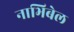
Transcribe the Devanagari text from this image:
नाभिबेल